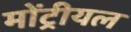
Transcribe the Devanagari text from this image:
मोंट्रीयल